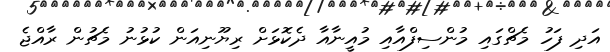
އަދި ފަހު މެޗްގައި މުންސިފްއާއި މުއީނާއާ ދެކޮޅަށް ރިޔޫނިއަން ކުޅުނު މެޗުން ރާއްޖެ